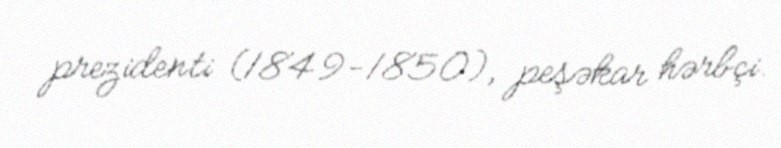
prezidenti (1849-1850), peşəkar hərbçi.